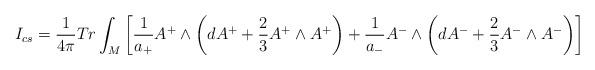
LaTeX: \begin{align*}I_{cs} = \frac{1}{4\pi}Tr \int_M \left[\frac{1}{a_{+}}A^+ \wedge\left( dA^+ +\frac{2}{3}A^+ \wedge A^+ \right) + \frac{1}{a_{-}}A^- \wedge \left( dA^- +\frac{2}{3}A^- \wedge A^- \right) \right]\end{align*}